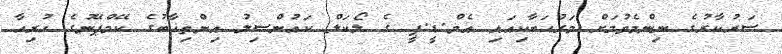
ސަރުކާރުގެ ނިންމެވުމަށް މަރުޙަބާކިއައި އެމް.ޑީ.ޕީ ގެ ލޯކަލް ކައުންސިލު އިންތިޚާބުގެ ކޭމްޕޭނުގެ ހުރިހާ